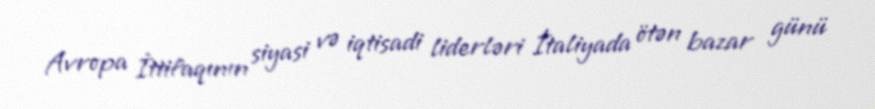
Avropa İttifaqının siyasi və iqtisadi liderləri İtaliyada ötən bazar günü